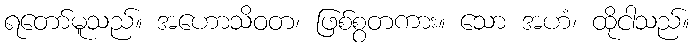
ရတော်မူသည်။ အဟောသိဝတ၊ ဖြစ်စွတကား။ သော အဟံ၊ ထိုငါသည်။